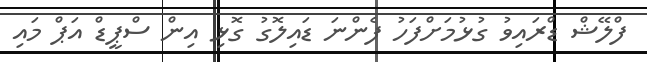
ފްލޭޝް ޑްރައިވު ގުޅުމަށްފަހު ފެންނަ ޑައިލޮގު ގޮޅި އިން ސްޕީޑް އަޕް މައި